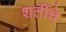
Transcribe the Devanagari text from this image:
शर्तीचे